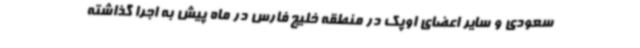
سعودی و سایر اعضای اوپک در منطقه خلیج فارس در ماه پیش به اجرا گذاشته